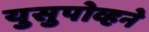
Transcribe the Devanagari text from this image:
युसुपोव्हने